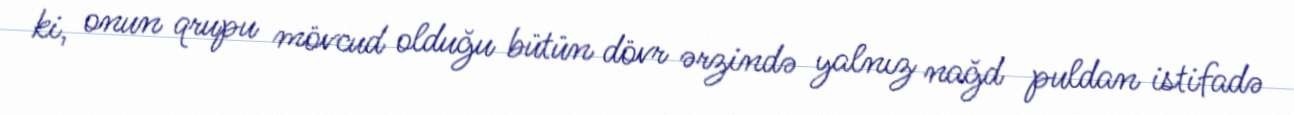
ki, onun qrupu mövcud olduğu bütün dövr ərzində yalnız nağd puldan istifadə